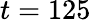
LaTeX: t=125